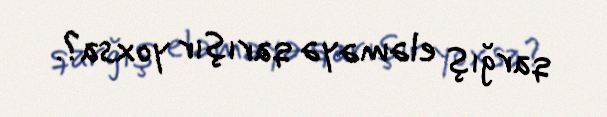
qarğış eləməyə qarışır yoxsa?.